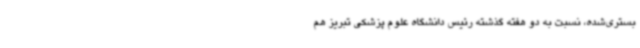
بستری‌شده، نسبت به دو هفته گذشته رئیس دانشگاه علوم پزشکی تبریز هم